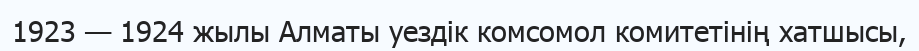
1923 — 1924 жылы Алматы уездік комсомол комитетінің хатшысы,